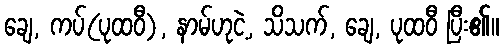
ချေ, ကပ်(ပုထဝီ), နာမ်ဟုငဲ့, သိသက်, ချေ, ပုထဝီ ပြီး၏။